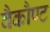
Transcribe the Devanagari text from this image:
वैकौण्ट